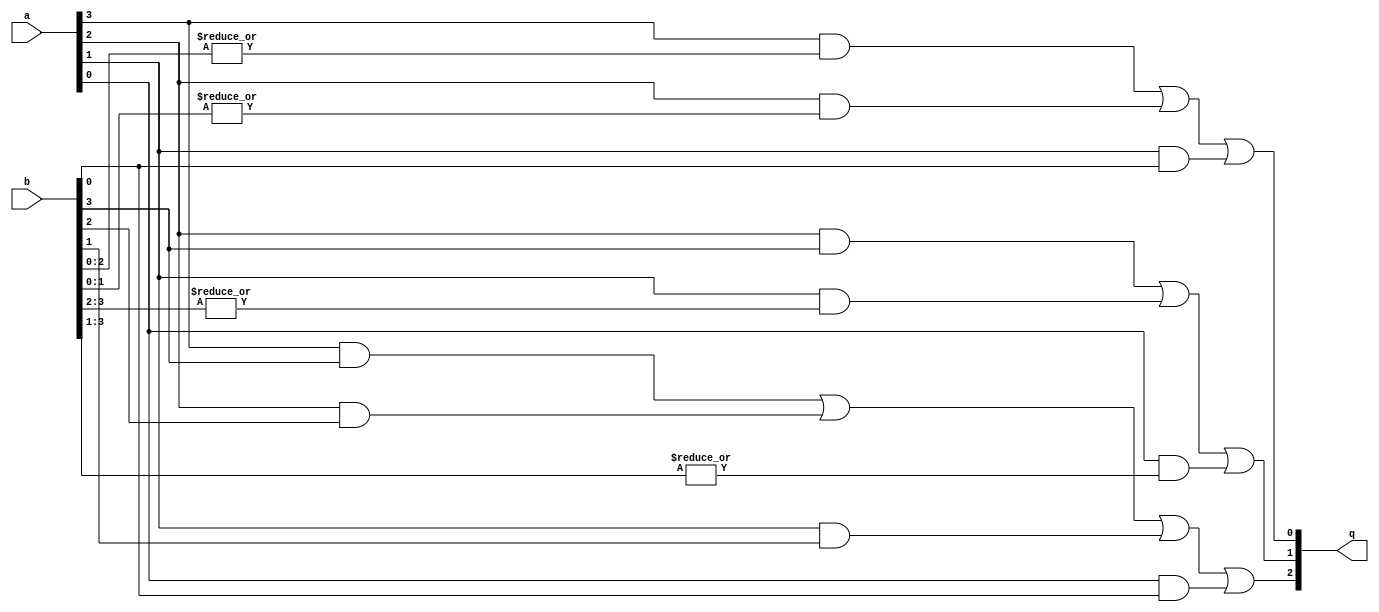
/*
 Asynchronous SDM NoC
 (C)2011 Wei Song
 Advanced Processor Technologies Group
 Computer Science, the Univ. of Manchester, UK
 
 Authors: 
 Wei Song     wsong83@gmail.com
 
 License: LGPL 3.0 or later
 
 1-of-4 data comparator
 
 History:
 11/05/2010  Initial version. <wsong83@gmail.com>
 01/06/2011  Clean up for opensource. <wsong83@gmail.com>
 
*/

module comp4 (/*AUTOARG*/
   // Outputs
   q,
   // Inputs
   a, b
   );

   input [3:0]   a, b;		// the data inputs to be compared
   output [2:0]  q;		// the comparison result

   // a > b
   assign q[0] = (a[3]&(|b[2:0])) | (a[2]&(|b[1:0])) | (a[1]&(|b[0:0]));

   // a < b
   assign q[1] = (a[2]&(|b[3:3])) | (a[1]&(|b[3:2])) | (a[0]&(|b[3:1]));

   // a = b
   assign q[2] = (a[3]&b[3]) | (a[2]&b[2]) | (a[1]&b[1]) | (a[0]&b[0]);

endmodule // comp4